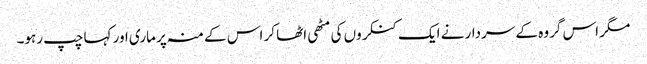
مگر اس گروہ کے سردار نے ایک کنکروں کی مٹھی اٹھا کر اس کے منہ پر ماری اور کہا چپ رہو۔